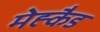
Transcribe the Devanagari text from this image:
मेह्कैड